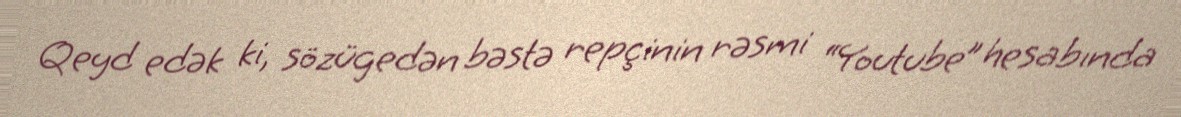
Qeyd edək ki, sözügedən bəstə repçinin rəsmi “Youtube” hesabında